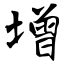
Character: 增